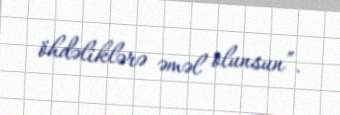
öhdəliklərə əməl olunsun”.